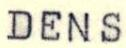
DENS